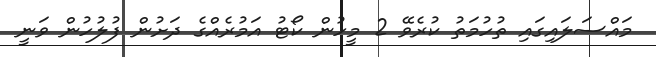
މައްސަލައިގައި ތުހުމަތު ކުރެވޭ 2 މީހުން ކޯޓު އަމުރެއްގެ ދަށުން ފުލުހުން ވަނީ